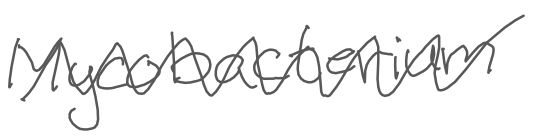
Text: Mycobacterium
Cross-out: zig-zag
Writing tool: digital_gray